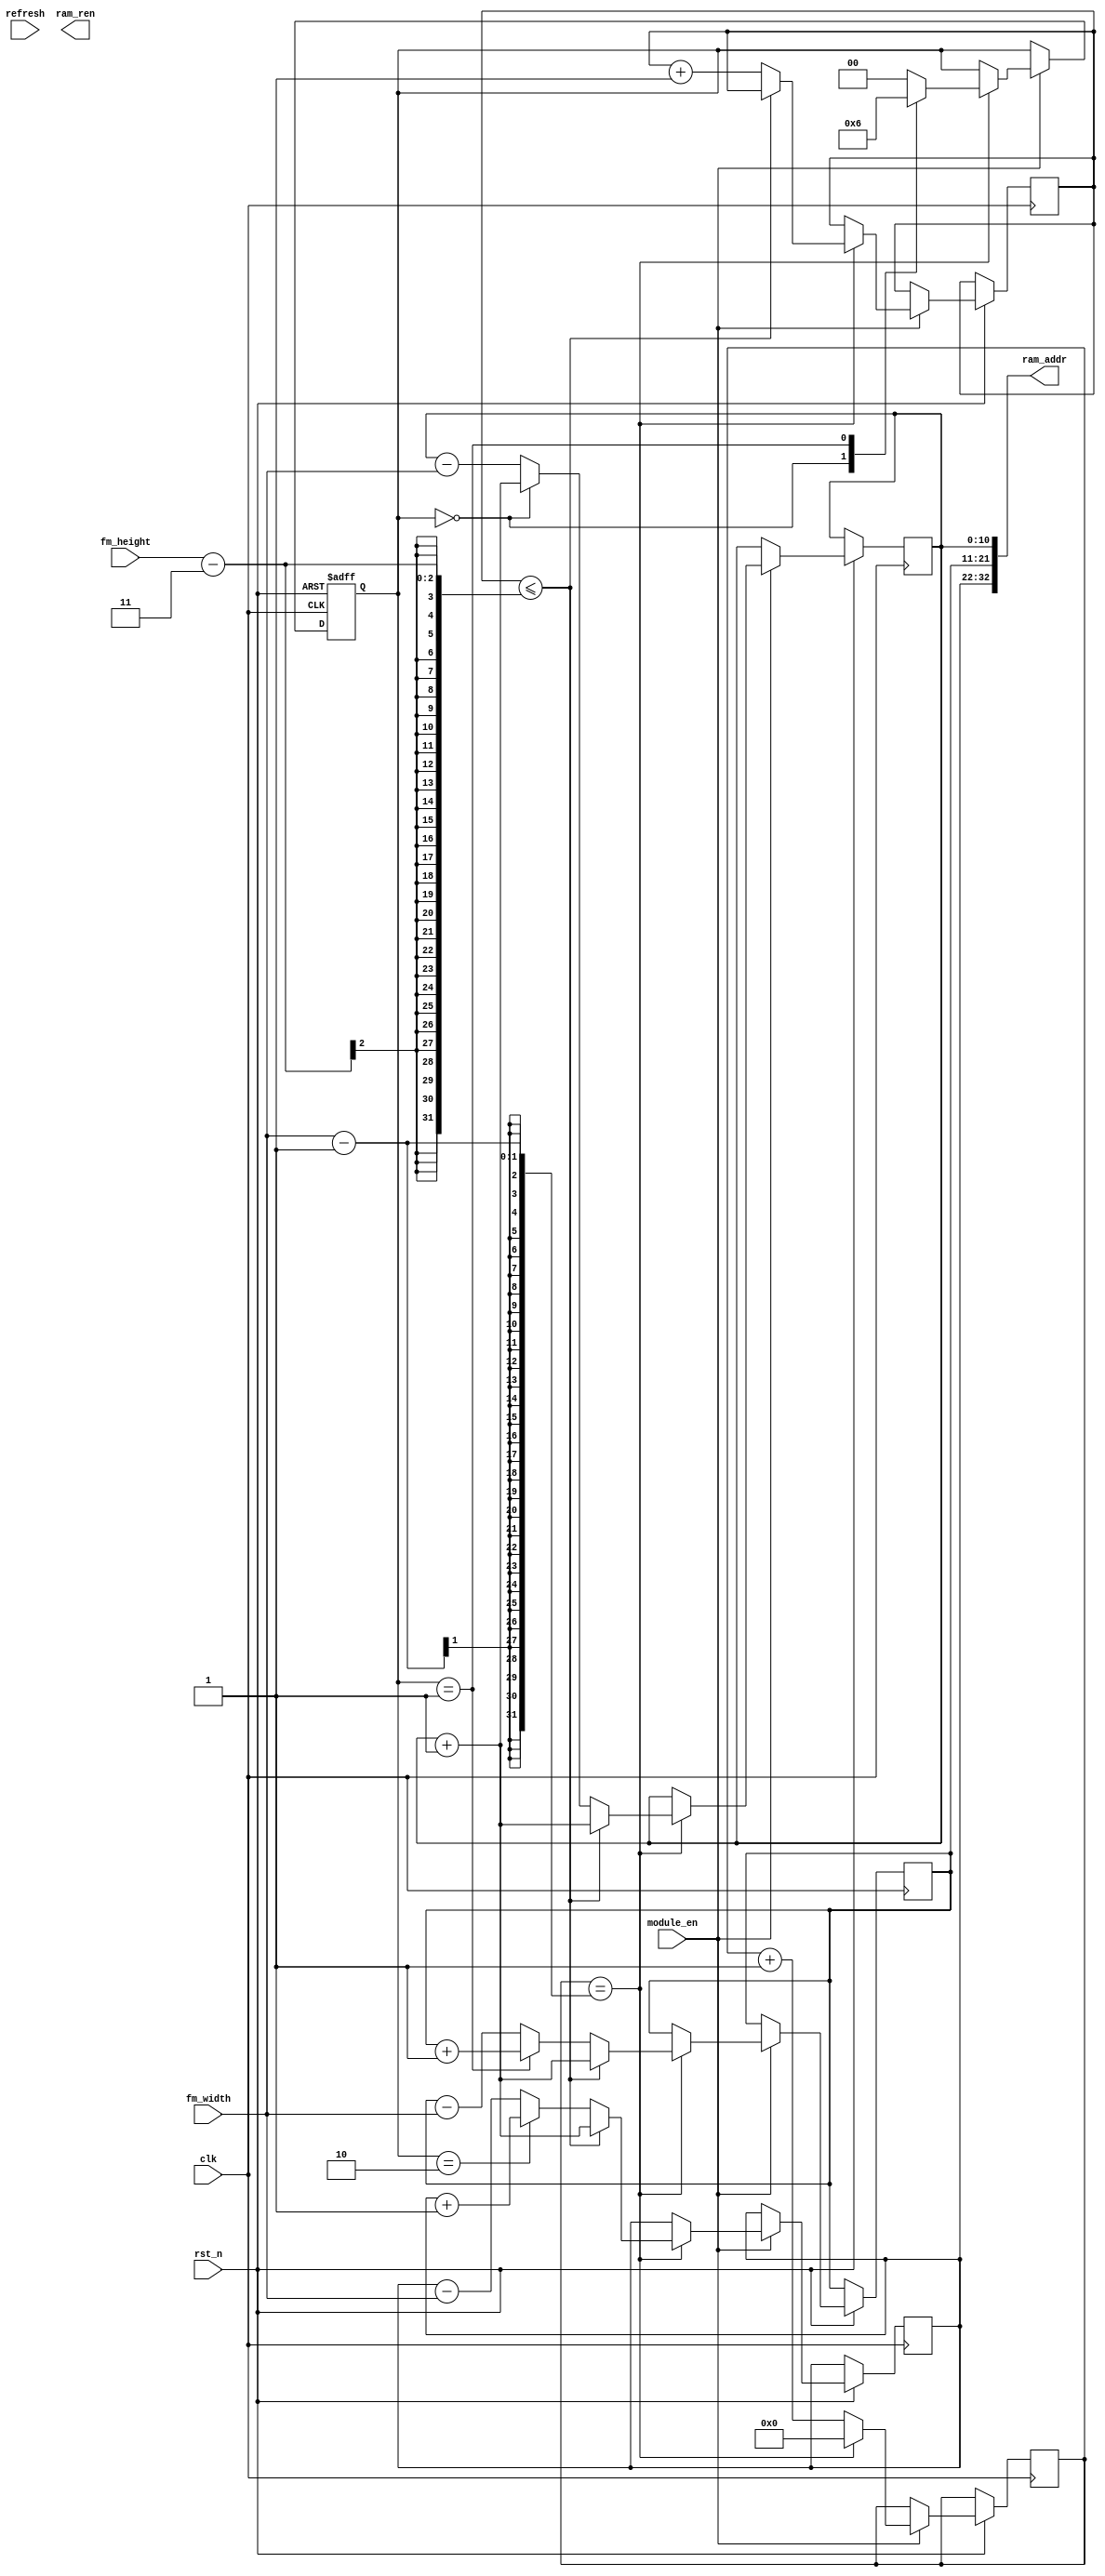
`timescale 1ns / 1ps
//////////////////////////////////////////////////////////////////////////////////
// Company: 
// Engineer: 
// 
// Design Name: 
// Module Name: fm_read
// Project Name: 
// Target Devices: 
// Tool Versions: 
// Description: 
// 
// Dependencies: 
// 
// Revision:
// Revision 0.01 - File Created
// Additional Comments:
// 
//////////////////////////////////////////////////////////////////////////////////


module fm_read(
    input               clk,
    input               rst_n,
    input               module_en,
    input               refresh,
    input               fm_width,
    input               fm_height,
    output    [2:0]     ram_ren,
    output    [3*11-1:0]      ram_addr          
    );
    
    reg [1:0]state;
    reg [8:0]width_cnt;
    reg [8:0]height_cnt;
    reg [10:0]ram_addr_[0:2];
    genvar i;
    generate
        for(i=0;i<3;i=i+1)
        begin
            assign ram_addr[(i+1)*11-1:i*11] = ram_addr_[i];
        end
    endgenerate
    
    
    always@(posedge clk,negedge rst_n)
    begin
        if(!rst_n)
        begin
            state <= 0;
        end
        else
        begin
            if(module_en)
            begin
                if(width_cnt == fm_width - 1)
                begin
                    width_cnt <= 0;
                    
                    case(state)
                        2'b00:
                        begin
                            ram_addr_[0] <= ram_addr_[0] + 1;
                            ram_addr_[1] <= ram_addr_[1] - fm_width;
                            ram_addr_[2] <= ram_addr_[2] - fm_width;
                            state <= 2'b01;
                        end
                        2'b01:
                        begin
                            ram_addr_[0] <= ram_addr_[0] - fm_width;
                            ram_addr_[1] <= ram_addr_[1] + 1;
                            ram_addr_[2] <= ram_addr_[2] - fm_width;
                            state <= 2'b10;
                        end
                        2'b10:
                        begin
                            ram_addr_[0] <= ram_addr_[0] - fm_width;
                            ram_addr_[1] <= ram_addr_[1] - fm_width;
                            ram_addr_[2] <= ram_addr_[2] + 1;
                            state <= 2'b00;
                        end
                        default:
                        begin
                            ram_addr_[0] <= ram_addr_[0] - fm_width;
                            ram_addr_[1] <= ram_addr_[1] - fm_width;
                            ram_addr_[2] <= ram_addr_[2] - fm_width;   
                            state <= 2'b00;
                        end
                    endcase
                    if(height_cnt <= fm_height - 3) begin
                        ram_addr_[0] <= ram_addr_[0] + 1;
                        ram_addr_[1] <= ram_addr_[0] + 1;
                        ram_addr_[2] <= ram_addr_[0] + 1;
                    end    
                    else
                        height_cnt <= height_cnt + 1;
                end
                else
                begin
                    width_cnt <= width_cnt + 1;
                end
            end
        end
    end
endmodule